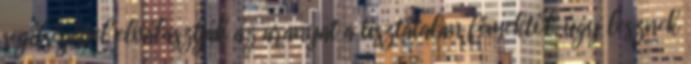
segítségével elválasztják az aranyat a tisztátalan fémektől, úgy lesznek